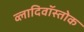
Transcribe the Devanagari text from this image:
व्लादिवॉस्तोक